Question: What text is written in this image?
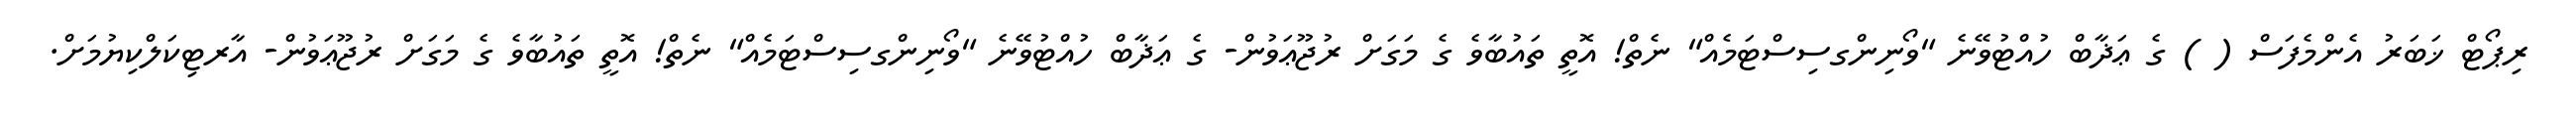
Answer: ރިޕޯޓް ޚަބަރު އެންމެފަސް ( ) ގެ ޢަޛާބް ހުއްޓުވޭނެ "ވޯނިންގސިސްޓަމެއް" ނެތް! އޮތީ ތައުބާވެ ގެ މަގަށް ރުޖޫޢަވުން- ގެ ޢަޛާބް ހުއްޓުވޭނެ "ވޯނިންގސިސްޓަމެއް" ނެތް! އޮތީ ތައުބާވެ ގެ މަގަށް ރުޖޫޢަވުން- އާރޓިކަލްކިޔުމަށް.